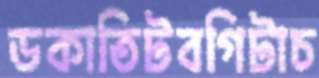
ডকাতিটবগিটাচ